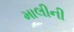
માલીની